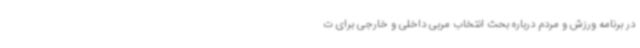
در برنامه ورزش و مردم درباره بحث انتخاب مربی داخلی و خارجی برای ت